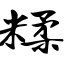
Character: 糅